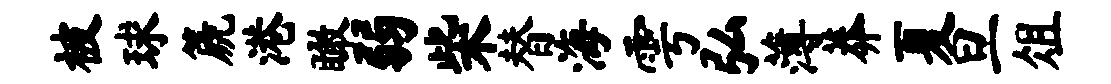
被球篪港瞰弱柴替海雩弘薄莽夏旦俎